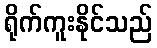
ရိုက်ကူးနိုင်သည်